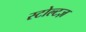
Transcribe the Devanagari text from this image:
स्टोल्टज़